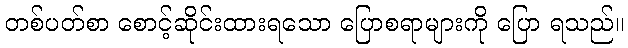
တစ်ပတ်စာ စောင့်ဆိုင်းထားရသော ပြောစရာများကို ပြော ရသည်။